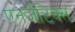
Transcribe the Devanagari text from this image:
एनर्जेटिक्स